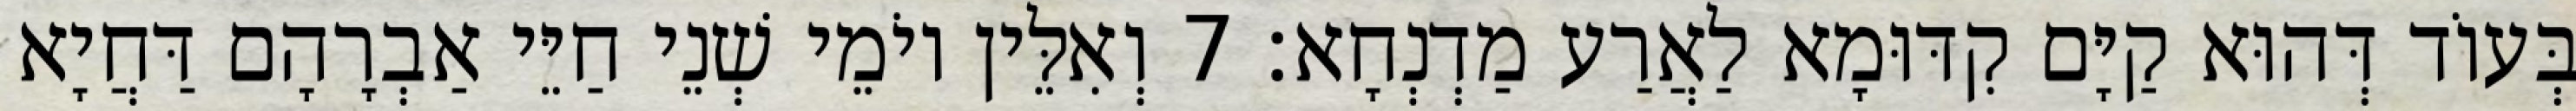
בְּעוֹד דְּהוּא קַיָּם קִדּוּמָא לַאֲרַע מַדְנְחָא׃ 7 וְאִלֵּין יוֹמֵי שְׁנֵי חַיֵּי אַבְרָהָם דַּחֲיָא